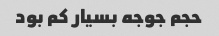
حجم جوجه بسیار کم بود